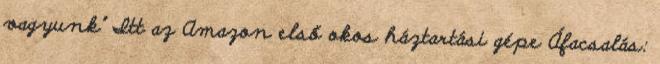
vagyunk" Itt az Amazon első okos háztartási gépe Áfacsalás: